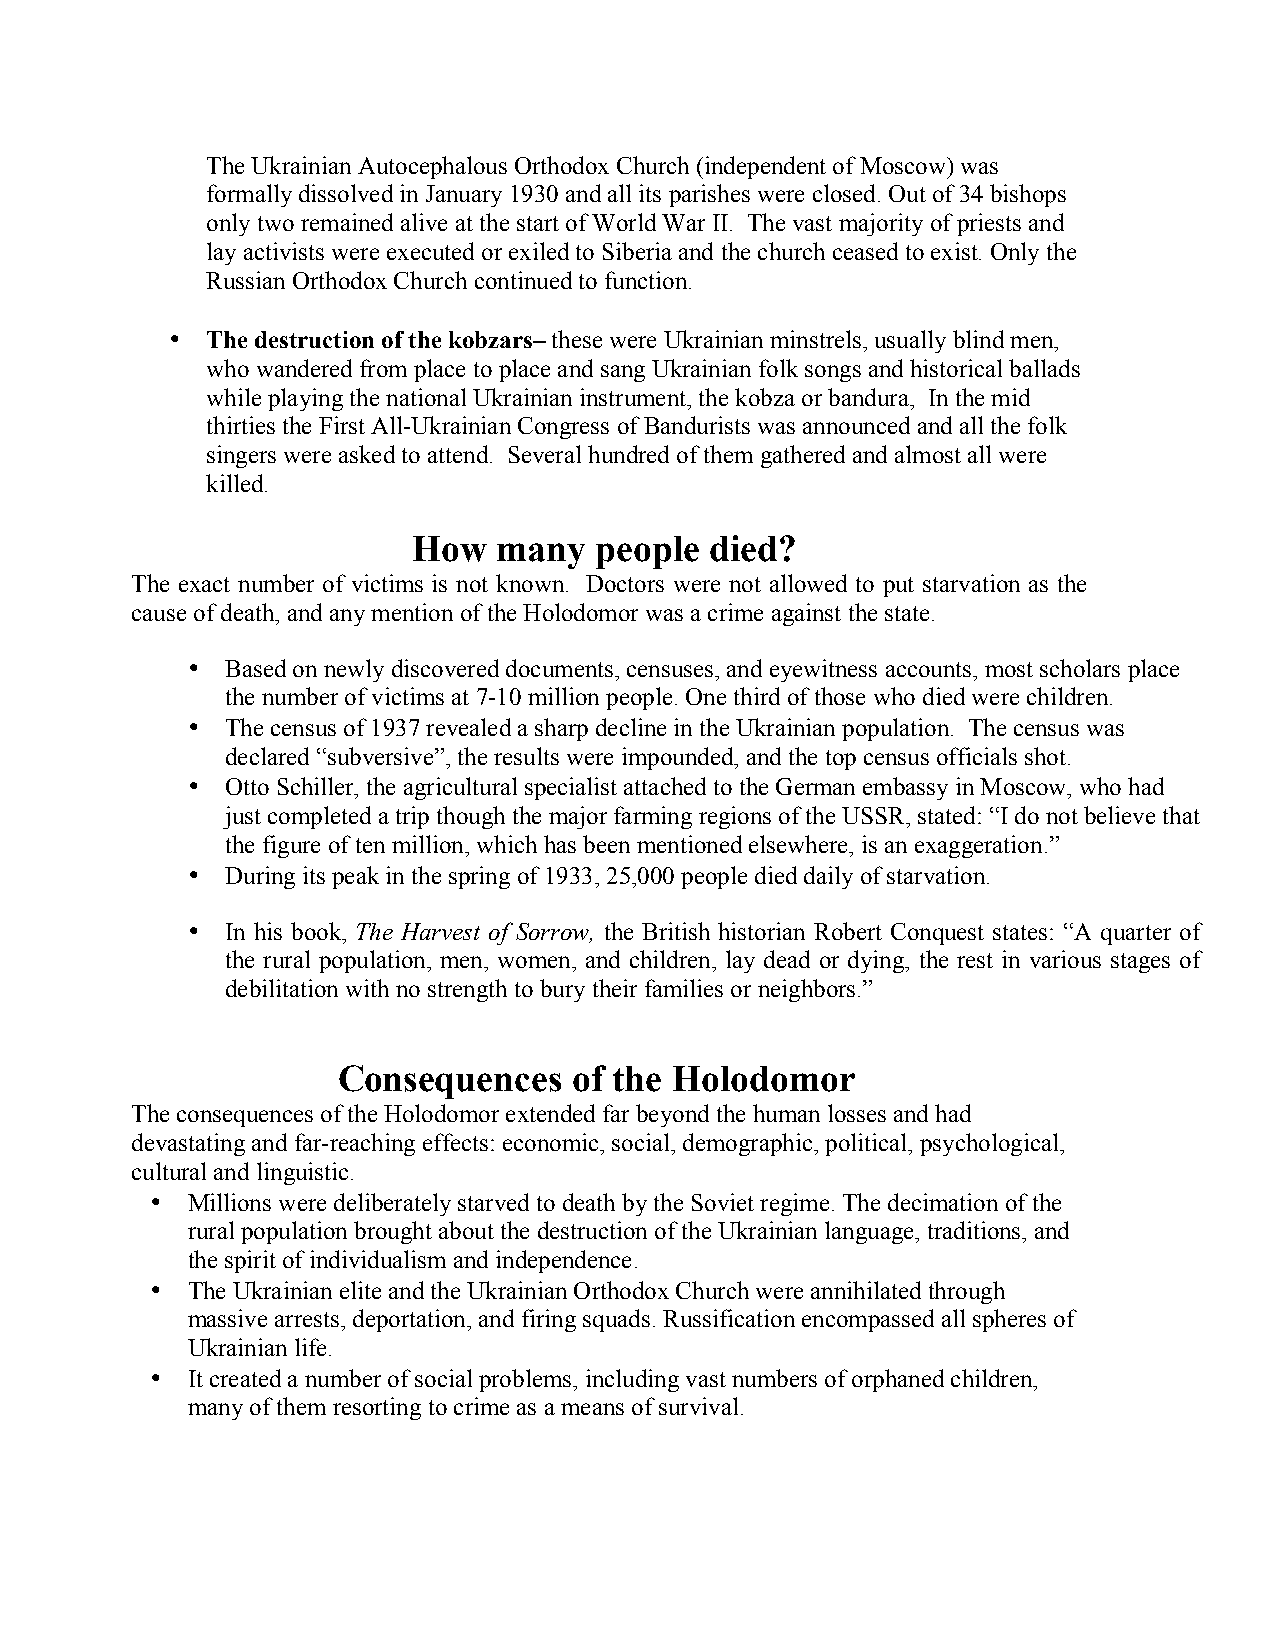
The Ukrainian Autocephalous Orthodox Church (independent of Moscow) was
 formally dissolved in January 1930 and all its parishes were closed. Out of 34 bishops
 only two remained alive at the start of World War II. The vast majority of priests and
 lay activists were executed or exiled to Siberia and the church ceased to exist. Only the
 Russian Orthodox Church continued to function.
 •  The destruction of the kobzars– these were Ukrainian minstrels, usually blind men,
 who wandered from place to place and sang Ukrainian folk songs and historical ballads
 while playing the national Ukrainian instrument, the kobza or bandura, In the mid
 thirties the First All-Ukrainian Congress of Bandurists was announced and all the folk
 singers were asked to attend. Several hundred of them gathered and almost all were
 killed.
 How   many  people  died?
 The exact number of victims is not known. Doctors were not allowed to put starvation as the
 cause of death, and any mention of the Holodomor was a crime against the state.
 •  Based on newly discovered documents, censuses, and eyewitness accounts, most scholars place
 the number of victims at 7-10 million people. One third of those who died were children.
 •  The census of 1937 revealed a sharp decline in the Ukrainian population. The census was
 declared “subversive”, the results were impounded, and the top census officials shot.
 •  Otto Schiller, the agricultural specialist attached to the German embassy in Moscow, who had
 just completed a trip though the major farming regions of the USSR, stated: “I do not believe that
 the figure of ten million, which has been mentioned elsewhere, is an exaggeration.”
 •  During its peak in the spring of 1933, 25,000 people died daily of starvation.
 •  In his book, The Harvest of Sorrow, the British historian Robert Conquest states: “A quarter of
 the rural population, men, women, and children, lay dead or dying, the rest in various stages of
 debilitation with no strength to bury their families or neighbors.”
 Consequences    of the Holodomor
 The consequences of the Holodomor extended far beyond the human losses and had
 devastating and far-reaching effects: economic, social, demographic, political, psychological,
 cultural and linguistic.
 • Millions were deliberately starved to death by the Soviet regime. The decimation of the
 rural population brought about the destruction of the Ukrainian language, traditions, and
 the spirit of individualism and independence.
 • The Ukrainian elite and the Ukrainian Orthodox Church were annihilated through
 massive arrests, deportation, and firing squads. Russification encompassed all spheres of
 Ukrainian life.
 • It created a number of social problems, including vast numbers of orphaned children,
 many of them resorting to crime as a means of survival.